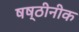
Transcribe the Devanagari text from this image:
षष्ठीनीक